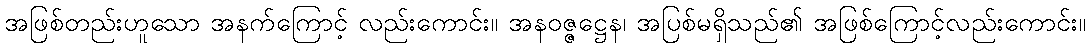
အဖြစ်တည်းဟူသော အနက်ကြောင့် လည်းကောင်း။ အနဝဇ္ဇဋ္ဌေန၊ အပြစ်မရှိသည်၏ အဖြစ်ကြောင့်လည်းကောင်း။